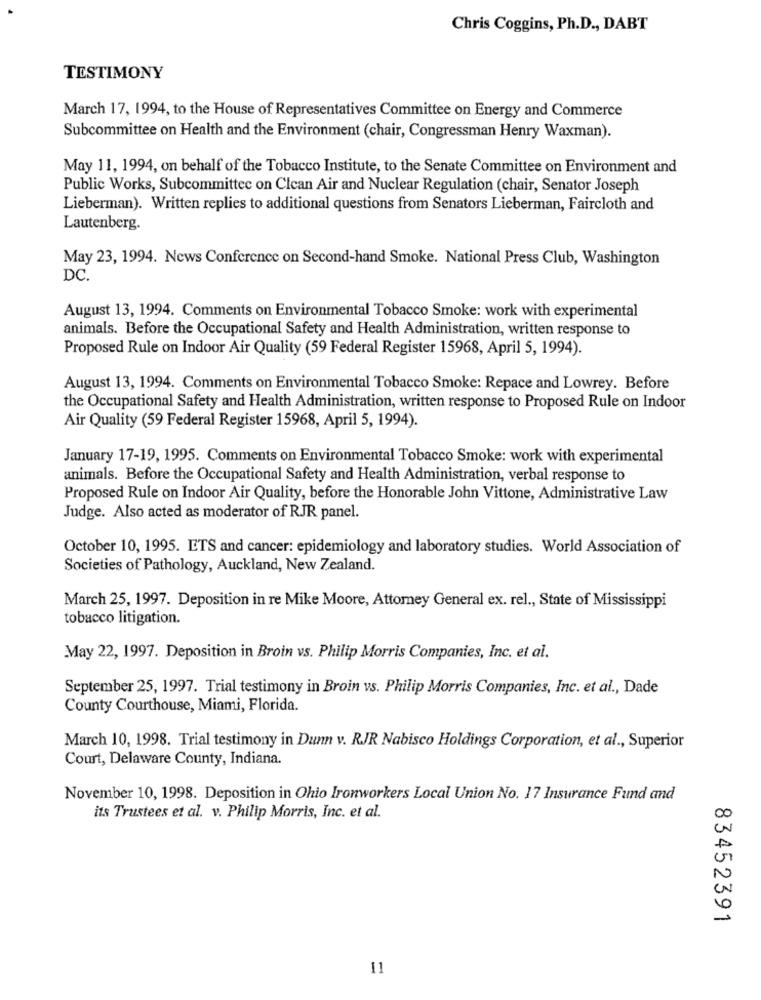
Chris Coggins, Ph.D ., DABT
TESTIMONY
March 17, 1994, to the House of Representatives Committee on Energy and Commerce
Subcommittee on Health and the Environment (chair, Congressman Henry Waxman).
May 11, 1994, on behalf of the Tobacco Institute, to the Senate Committee on Environment and
Public Works, Subcommittee on Clean Air and Nuclear Regulation (chair, Senator Joseph
Lieberman). Written replies to additional questions from Senators Lieberman, Faircloth and
Lautenberg.
May 23, 1994. News Conference on Second-hand Smoke. National Press Club, Washington
DC.
August 13, 1994. Comments on Environmental Tobacco Smoke: work with experimental
animals. Before the Occupational Safety and Health Administration, written response to
Proposed Rule on Indoor Air Quality (59 Federal Register 15968, April 5, 1994).
August 13, 1994. Comments on Environmental Tobacco Smoke: Repace and Lowrey. Before
the Occupational Safety and Health Administration, written response to Proposed Rule on Indoor
Air Quality (59 Federal Register 15968, April 5, 1994).
January 17-19, 1995. Comments on Environmental Tobacco Smoke: work with experimental
animals. Before the Occupational Safety and Health Administration, verbal response to
Proposed Rule on Indoor Air Quality, before the Honorable John Vittone, Administrative Law
Judge. Also acted as moderator of RJR panel.
October 10, 1995. ETS and cancer: epidemiology and laboratory studies. World Association of
Societies of Pathology, Auckland, New Zealand.
March 25, 1997. Deposition in re Mike Moore, Attorney General ex. rel ., State of Mississippi
tobacco litigation.
May 22, 1997. Deposition in Broin vs. Philip Morris Companies, Inc. et al.
September 25, 1997. Trial testimony in Broin vs. Philip Morris Companies, Inc. et al ., Dade
County Courthouse, Miami, Florida.
March 10, 1998. Trial testimony in Dunn v. RJR Nabisco Holdings Corporation, et al ., Superior
Court, Delaware County, Indiana.
November 10, 1998. Deposition in Ohio Ironworkers Local Union No. 17 Insurance Fund and
its Trustees et al. v. Philip Morris, Inc. et al.
83452391
11